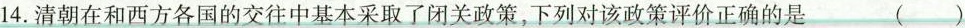
14.清朝在和西方各国的交往中基本采取了闭关政策，下列对该政策评价正确的是 ( )